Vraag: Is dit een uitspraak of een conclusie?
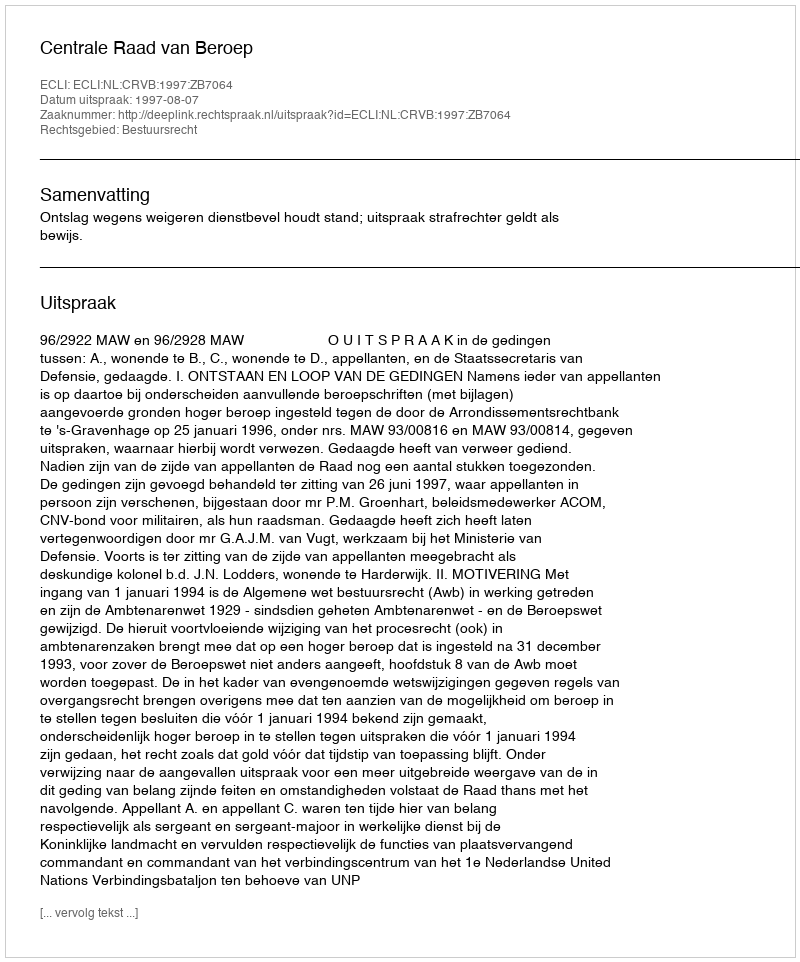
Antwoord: Uitspraak